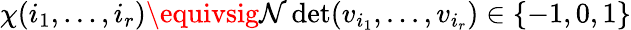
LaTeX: \chi(i_{1},...,i_{r})\equivsig\mathcal{N}\operatorname*{d\mathrm{e}t}(v_{i_{1}},...,v_{i_{r}})\in\{ -1,0,1\}